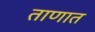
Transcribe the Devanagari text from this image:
ताणात